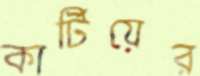
কার্টিয়ের